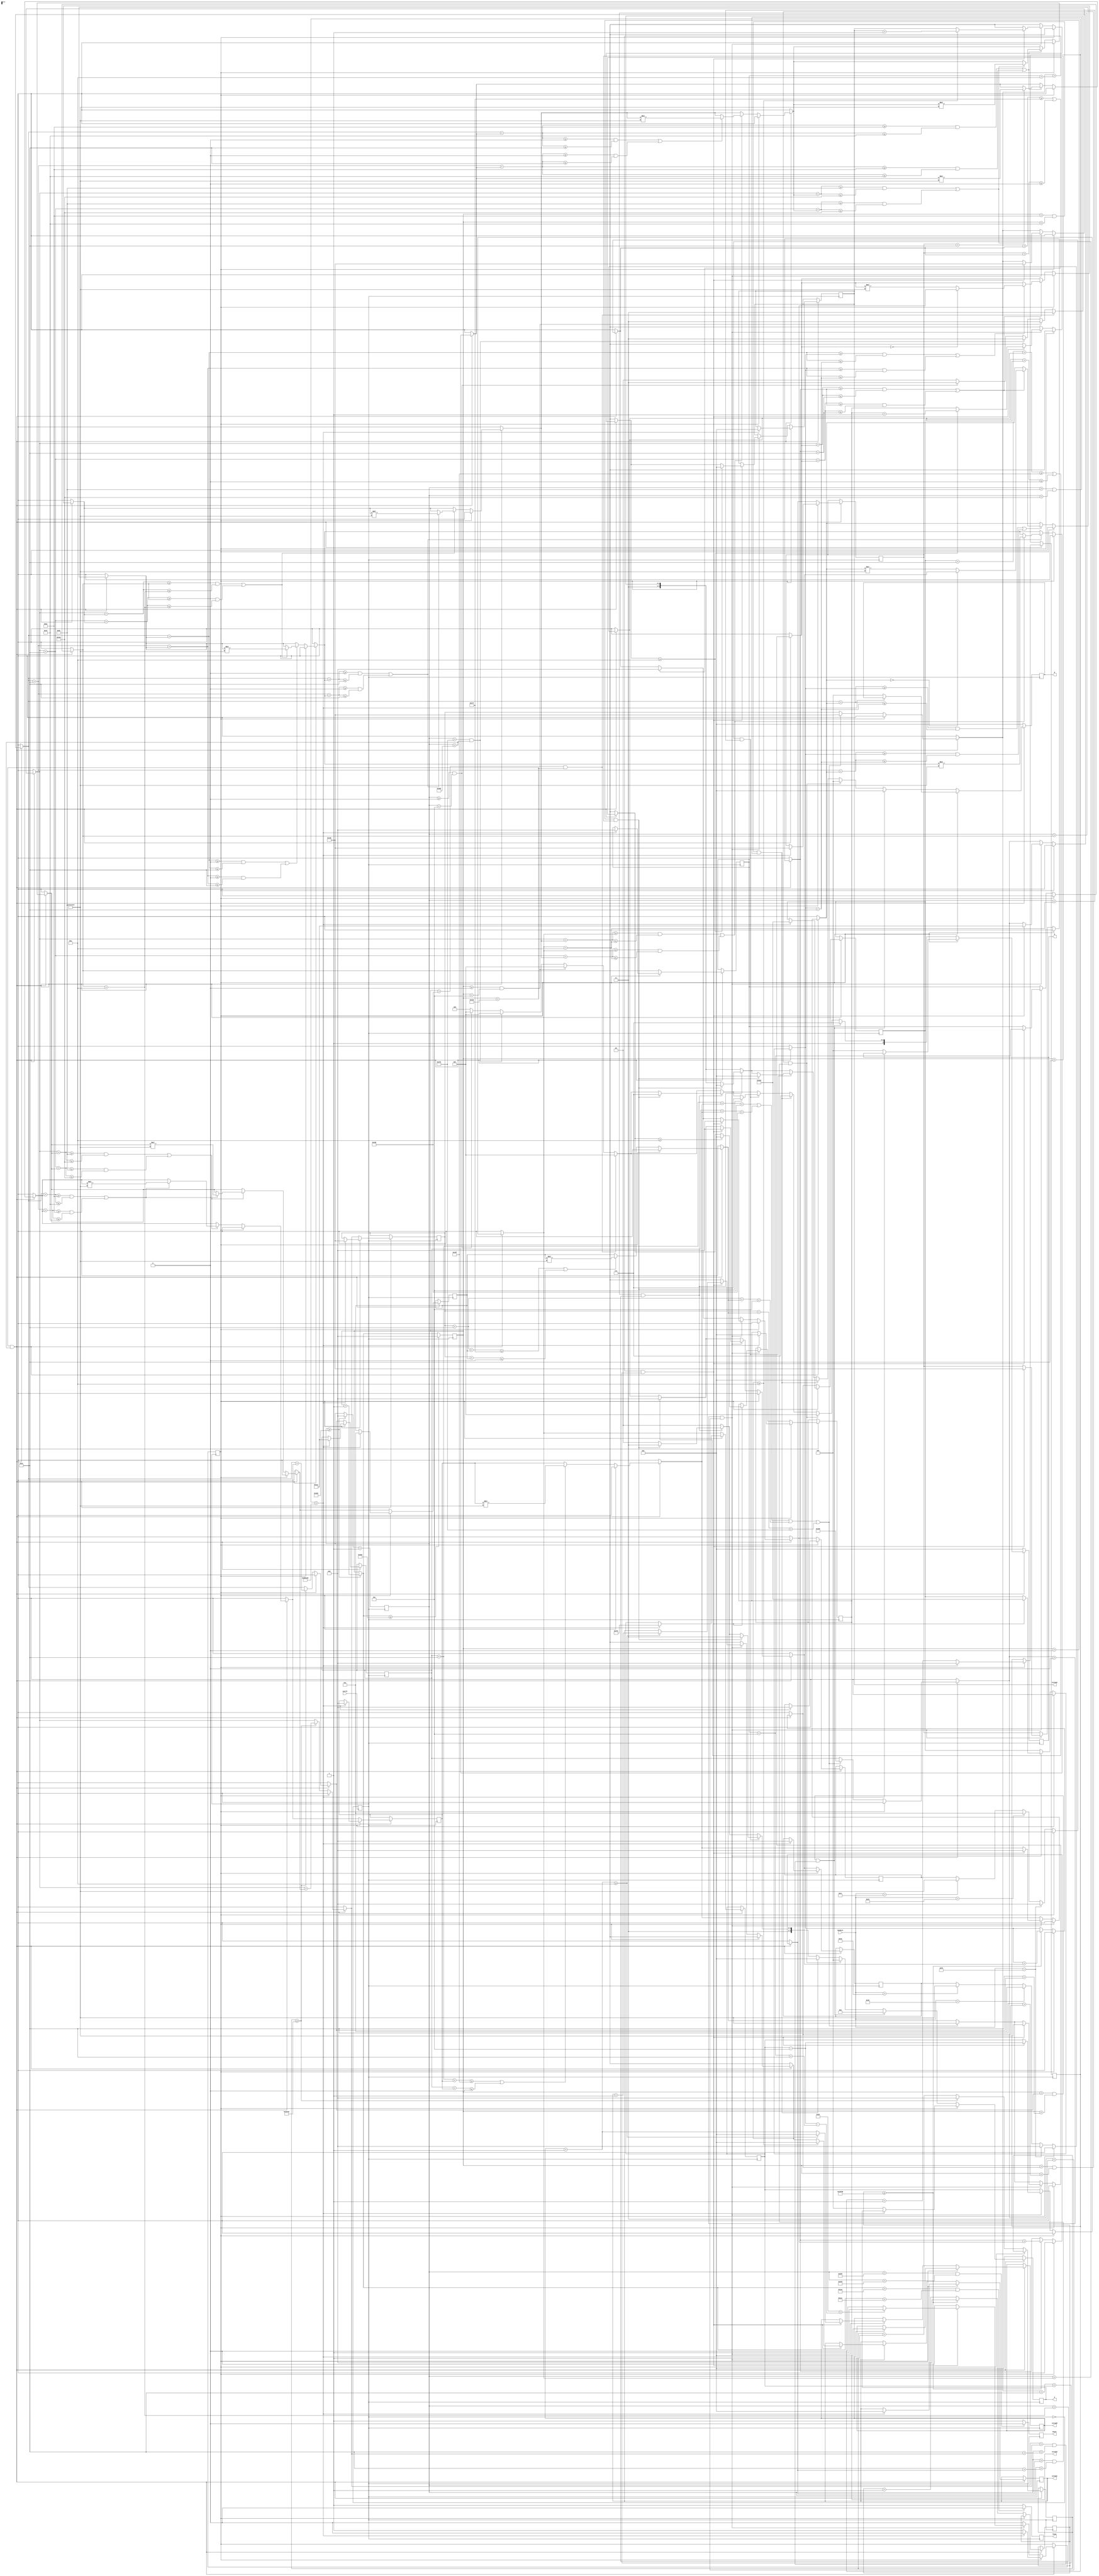
/********************************
 * Colton Prettyman				*
 * Advanced Arch&Org 460 EW		*
 * Professor Kosuke Immamura	*
 * Final Project				*
 * 12-06-2013					*
 ********************************/

module VGADriver(R, G, B, Vsync, Hsync, sysclk,curnum0, curnum1, curnum2, curnum3, KeyData);

input sysclk;
input[7:0] KeyData;
output[3:0] curnum0, curnum1, curnum2, curnum3;
reg[3:0] curnum0, curnum1, curnum2, curnum3;
output[3:0] R, G, B;
reg[3:0] R, G, B;
output Vsync, Hsync;
reg Vsync, Hsync;
reg iclk;
reg[31:0] Vcount;
reg[31:0] Hcount;
reg aclk;
reg[31:0] count;

// This will be my animation stuff for the paddle
reg[31:0]  dx = 0;
reg[31:0]  dy = 0;
reg[31:0] X_top = 304;
reg[31:0] Y_top = 445;
reg[31:0] X_width = 30;
reg[31:0] Y_width = 30;
reg[31:0] A_inc=0;

// This will be the animation stuff for the ball
// vf = vi + at
reg[31:0] dxb = 1;
reg[31:0] dyb = 0;
reg[31:0] X_topb = 304;
reg[31:0] Y_topb = 300;
reg[31:0] X_widthb = 30;
reg[31:0] Y_widthb = 30;
reg[31:0] A_incb=0;
reg[31:0] timeb = 75;
reg[31:0] gravityb = 5;

// This is the left and right goal post stuff
reg [31:0] X_toplg = 0;
reg [31:0] X_widthg = 10;
reg [31:0] Y_widthg = 30;
reg[31:0] X_toprg = 630;
reg[31:0] Y_topg = 0;

// Here is the center object. 
reg[31:0] X_topc = 220;
reg[31:0] X_widthc = 200;
reg[31:0] Y_topc = 180;
reg[31:0] Y_widthc = 20;

// Win animation logIC
reg win = 0;
reg[31:0] displaycount=0;
reg[31:0] displaywin=9000000; //The time to display the win animation
// need to make the score attached to the 7 segment display

always@(posedge sysclk)
begin
	iclk = ~iclk;
end

always@(posedge sysclk)
begin
	
	if( count > 20000 )
	begin
		aclk = ~aclk;
	end
	else
		count = count +1;
	
end

always@(posedge iclk )
begin
	
	// Toggle our colors
	if( Vcount < 480 && Hcount < 640 )
		begin
		
		if( win == 0 )
		begin
				/* w = 0x01d;
				*  a = 0x01c;
				*  d = 0x023;
				*  s = 0x01b; */
			
			if( KeyData == 8'b00011100) // a is pressed move left
				dx = -1;
			if( KeyData == 8'b00100011) // d is pressed move right
				dx = 1;
			if( KeyData == 8'b00011101) // w is pressed move up
				dy = -1;
			if( KeyData == 8'b00011011) // s is pressed move down
				dy = 1;
				
			if( KeyData == 8'b11110000) // space key pressed stop movement
			begin
				dx = 0;
				dy = 0;
			end
			
			if( ((X_top + X_width + dx) >= 639 || (X_top+dx <= 0)) ) // x coordinates out of bounds
					dx = 0;
		
			if( ((Y_top + Y_width + dy) >= 479 || (Y_top+dy <= 0)) ) // y coordinates out of bounds
					dy = 0;
			
			if( ((X_topb + X_widthb + dxb) >= 639 || (X_topb+dxb <= 0)) ) // x coordinates out of bounds
					dxb = dxb*-1;
			
			if( ((Y_topb + Y_widthb + dyb) >= 479 || (Y_topb+dyb <= 0)) ) // y coordinates out of bounds
					dyb = dyb*-1;
			// Handle the case when the ball is pushed outside of the game
			if( (Y_topb + Y_widthb +dyb < 5)||(Y_topb +dyb > 475)|| (X_topb + X_widthb +dxb < 5)|| (X_topb+dxb > 635 ) )
			begin
					X_topb = 304;
					Y_topb = 400;
					dxb = -1;
			end
		
			/***************************BEGIN GAME LOGIC****************************************************/
			// If a collision between goal posts increment the score and reset the game
			
			//Check y collision of goal post...coming from below
			if( (Y_topb > Y_topg) && (Y_topb < Y_topg+Y_widthg/10))
			begin
				//Check x collision of goal post...in between goal post
				if( (X_topb > X_toplg+X_widthg) && (X_topb+X_widthb < X_toprg) )
				begin
					// start win animation	
					// make the goals closer
					X_toplg = X_toplg + 5;
					X_toprg = X_toprg - 5;
					// reset the ball data
						X_top = 304;
						Y_top = 445;
						X_topb = 304;
						Y_topb = 300;
						dy = 0;
						dx = 0;
						dyb = 0;
						dxb = -1;
						
						// Do 7 segment display score counting
						curnum0 = curnum0 +1;
			
						if( curnum0 >= 10)	
							begin 
								curnum0 = 0;
								curnum1 = curnum1 +1;
							end
						if(curnum1 >= 10)
							begin
								curnum1 = 0;
								curnum2 = curnum2 +1;
							end
			
						if( curnum2 >= 10)
							begin
								curnum2 = 0;
								curnum3 = curnum3 + 1;
							end
			
						if( curnum3 >= 10 )
							begin
								curnum3 = 0;
						end
						
						// User how close the paddles are together to determine a win
						if( (X_widthb+10) > ( X_toprg - (X_toplg + X_width)))
						begin
							// The user has won!! win animation
							win = 1;
						end
				end
			end
			/***************************END GAME LOGIC****************************************************/
			
			/***************************BEGIN COLLISION DETECTION*************************************/
			//The ball has collided the paddle from the y direction
			if( ((Y_topb +dyb >= Y_top && Y_topb+dyb <= (Y_top+Y_width) )) ||
						((Y_topb+Y_width+dyb) >= Y_top) && ((Y_topb+Y_width +dyb <= Y_top+Y_width)) ) // y coordinates out of bounds
			begin
					if( ((X_topb+dxb >= X_top && X_topb+dxb <= (X_top+X_width) )) ||
						((X_topb+X_width+dxb) >= X_top) && ((X_topb+X_width+dxb <= X_top+X_width)) )
						begin
						
							if( dyb == 0)
								dyb = dy;
							else
								dyb = dyb*-1;
						//	dxb = dx;
		
								/*if( ((Y_topb + Y_widthb + dyb) >= 479 || (Y_topb+dyb <= 0)) ) // y coordinates out of bounds
								begin
									dxb = 1;
									dyb = 0;
								end*/
								end
			end		
			//The ball has collided the from the x direction
			if( ((X_topb+dxb >= X_top && X_topb+dxb <= (X_top+X_width) )) ||
						((X_topb+X_width+dxb) >= X_top) && ((X_topb+X_width+dxb <= X_top+X_width)) )	 
			begin
					if( ((Y_topb +dyb >= Y_top && Y_topb+dyb <= (Y_top+Y_width) )) ||
						((Y_topb+Y_width+dyb) >= Y_top) && ((Y_topb+Y_width +dyb <= Y_top+Y_width)) )
						begin
							
							if( dxb == 0)
								dxb = dx;
							else
								dxb = dxb*-1;
								
							//dyb = dy;
							
							/*if( ((X_topb + X_widthb + dxb) >= 639 || (X_topb+dxb <= 0)) ) // x coordinates out of bounds
							begin
								dxb = 0;
								dyb = 1;
							end*/
						end
			end
			
			// The ball has collided with the left goal post from the y direction
			if( ((Y_topb +dyb >= Y_topg && Y_topb+dyb <= (Y_topg+Y_widthg) )) ||
						((Y_topb+Y_width+dyb) >= Y_topg) && ((Y_topb+Y_width +dyb <= Y_topg+Y_widthg)) ) // y coordinates out of bounds
			begin
					if( ((X_topb+dxb >= X_toplg && X_topb+dxb <= (X_toplg+X_widthg) )) ||
						((X_topb+X_width+dxb) >= X_toplg) && ((X_topb+X_width+dxb <= X_toplg+X_widthg)) )
						begin
							dyb = dyb*-1;
						end
			end
			//The ball has collided with the left goal post from the x direction
			if( ((X_topb+dxb >= X_toplg && X_topb+dxb <= (X_toplg+X_widthg) )) ||
						((X_topb+X_width+dxb) >= X_toplg) && ((X_topb+X_width+dxb <= X_toplg+X_widthg)) )	 
			begin
					if( ((Y_topb +dyb >= Y_topg && Y_topb+dyb <= (Y_topg+Y_widthg) )) ||
						((Y_topb+Y_width+dyb) >= Y_topg) && ((Y_topb+Y_width +dyb <= Y_topg+Y_widthg)) )
						begin
							dxb = dxb*-1;
						end
			end
			
				// The ball has collided with the right goal post from the y direction
			if( ((Y_topb +dyb >= Y_topg && Y_topb+dyb <= (Y_topg+Y_widthg) )) ||
						((Y_topb+Y_width+dyb) >= Y_topg) && ((Y_topb+Y_width +dyb <= Y_topg+Y_widthg)) ) // y coordinates out of bounds
			begin
					if( ((X_topb+dxb >= X_toprg && X_topb+dxb <= (X_toprg+X_widthg) )) ||
						((X_topb+X_width+dxb) >= X_toprg) && ((X_topb+X_width+dxb <= X_toprg+X_widthg)) )
						begin
							dyb = dyb*-1;
						end
			end
			//The ball has collided with the right goal post from the x direction
			if( ((X_topb+dxb >= X_toprg && X_topb+dxb <= (X_toprg+X_widthg) )) ||
						((X_topb+X_width+dxb) >= X_toprg) && ((X_topb+X_width+dxb <= X_toprg+X_widthg)) )	 
			begin
					if( ((Y_topb +dyb >= Y_topg && Y_topb+dyb <= (Y_topg+Y_widthg) )) ||
						((Y_topb+Y_width+dyb) >= Y_topg) && ((Y_topb+Y_width +dyb <= Y_topg+Y_widthg)) )
						begin
							dxb = dxb*-1;
						end
			end
			
			//The ball has collided with the center object from the y direction
			if( ((Y_topb +dyb >= Y_topc && Y_topb+dyb <= (Y_topc+Y_widthc) )) ||
						((Y_topb+Y_width+dyb) >= Y_topc) && ((Y_topb+Y_width +dyb <= Y_topc+Y_widthc)) ) // y coordinates out of bounds
			begin
					if( ((X_topb+dxb >= X_topc && X_topb+dxb <= (X_topc+X_widthc) )) ||
						((X_topb+X_width+dxb) >= X_topc) && ((X_topb+X_width+dxb <= X_topc+X_widthc)) )
						begin
						
							/*if( dyb == 0)
								dyb = dy;
							else
								dyb = dyb*-1;
							end*/
							
							dyb = dyb *-1;
							dxb = dxb *-1;
							//if( dxb == 0)
							//	dxb = 1;
						//	dxb = dxb * -1;
						end
			end		
			//The ball has collided the from the x direction
			if( ((X_topb+dxb >= X_topc && X_topb+dxb <= (X_topc+X_widthc) )) ||
						((X_topb+X_width+dxb) >= X_topc) && ((X_topb+X_width+dxb <= X_topc+X_widthc)) )	 
			begin
					if( ((Y_topb +dyb >= Y_topc && Y_topb+dyb <= (Y_topc+Y_widthc) )) ||
						((Y_topb+Y_width+dyb) >= Y_topc) && ((Y_topb+Y_width +dyb <= Y_topc+Y_widthc)) )
						begin
							
							/*if( dxb == 0)
								dxb = dx;
							else
								dxb = dxb*-1;*/
								
								dxb = dxb *-1;
								dyb = dyb *-1;
						//	if( dyb == 1)
							//	dyb = 1;
								
						//	dyb = dyb * -1;
						end
			end
		
			/***************************END COLLISION DETECTION*************************************/
			
			/***************************BEGIN DRAWING OBJECTS TO THE SCREEN*************************/
			// Only increment after we drew the whole picture.
			// X_inc/Y_inc keeps track of draw counts for a static image...
			// It makes sure the whole image is drawn before adding dx and dy values
			// In this way skewing is prevented for moving objects. 
				if( A_inc >= X_width*Y_width*100)
					begin
						X_top = X_top + dx;
						Y_top = Y_top + dy;
						A_inc = 0; 
					end
				else	
					A_inc = A_inc + 1;
				
				// Drawing the ball
				if( A_incb >= X_widthb*Y_widthb*timeb)
					begin
					// Do calculations on the gravity->velocity->dx/dy values of the ball
					//	timeb = timeb-dyb*gravityb;
						
						X_topb = X_topb + dxb;
						Y_topb = Y_topb + dyb;
						A_incb = 0; 
					end
				else	
					A_incb = A_incb + 1;
					
			// Draw the background first
			R <= 4'b1100;
			G <= 4'b1100;
			B <= 4'b1100;
					
				// Draw left boundary line
			if(Hcount >= 0 && Hcount < 5)
				begin
						R <= 4'b1001;
						G <= 4'b1100;
						B <= 4'b1111;
				end
				
				//Draw right boundary line
			if( Hcount > 635 && Hcount < 640 )
			begin
						R <= 4'b1001;
						G <= 4'b1100;
						B <= 4'b1111;
			end
				// Draw top boundary line
			if( Vcount >= 0 && Vcount < 5)
				begin
						R <= 4'b1001;
						G <= 4'b1100;
						B <= 4'b1111;
				end
				// Draw bottom boundary line
			if( Vcount > 475 && Vcount < 480)
				begin
						R <= 4'b1001;
						G <= 4'b1100;
						B <= 4'b1111;
				end
				
				// Draw the left goal post
			if( Hcount > X_toplg && Hcount < X_toplg + X_widthg )
			begin
				if( Vcount > Y_topg && Vcount < Y_topg + Y_widthg )
				begin
						R <= 4'b1111;
						G <= 4'b1111;
						B <= 4'b0000;
				end
			end
			
			// Draw the right goal post
				if( Hcount > X_toprg && Hcount < X_toprg + X_widthg )
				begin
					if( Vcount > Y_topg && Vcount < Y_topg + Y_widthg )
					begin
						R <= 4'b1111;
						G <= 4'b1111;
						B <= 4'b0000;
					end
			end
			
			if( (Vcount > Y_topc && Vcount < (Y_widthc + Y_topc) ) && (Hcount > X_topc && Hcount < (X_widthc + X_topc) ) )
			begin
					R <= 4'b1111;
					G <= 4'b0000;
					B <= 4'b0000;
			end
			// Draw the player here
			if( (Vcount > Y_top && Vcount < (Y_width + Y_top) ) && (Hcount > X_top && Hcount < (X_width + X_top) ) )
				begin
						R <= 4'b1001;
						G <= 4'b1111;
						B <= 4'b1111;
				end
				// Draw the ball here
			if( (Vcount > Y_topb && Vcount < (Y_widthb + Y_topb) ) && (Hcount > X_topb && Hcount < (X_widthb + X_topb) ) )
				begin
						R <= 4'b1111;
						G <= 4'b0110;
						B <= 4'b0000;
				end
				
			
			
		end	// end draw bound if statement. 640x480
		else // end no win
			begin
				if( displaycount > displaywin)
				begin
						win = 0;
						displaycount =0;
						X_toplg = 0;
						X_toprg = 630;
						// reset the balls and user
						X_top = 304;
						Y_top = 445;
						X_topb = 304;
						Y_topb = 300;
						dy = 0;
						dx = 0;
						dyb = 0;
						dxb = 1;
						curnum0 = 4'b0000;
						curnum1 = 4'b0000;
						curnum2 = 4'b0000;
						curnum3 = 4'b0000;
				end
				else
				begin
					displaycount = displaycount +1;
					R <= 4'b1111;
					G <= 4'b1111;
					B <= 4'b1111;
				end
			end //end win
		end
	else 	// outside the draw boundary...turn colors off
		begin
			R <= 4'b0000;
			G <= 4'b0000;
			B <= 4'b0000;
		end
		/***************************END DRAWING OBJECTS TO THE SCREEN*************************/
		
		
		/************************************BEGIN VGA ADJUSTMENTS HERE*********************************/
	// End Horiz. Front Porch
	if( Hcount > 655 && Hcount < 752 )
	begin
		 Hsync = 0;
	end
	else
		Hsync = 1;
	
	// End Horiz. Back porch
	if( Hcount >= 800 )
	begin
		Hcount = 0;
		Vcount = Vcount + 1;
	end
	
	//End vertical Front Porch
	if( Vcount > 490 && Vcount < 492)
	begin
		 Vsync = 0;
	end
	else // End vertical Front Porch
		Vsync = 1;
	
	//End vertical Back porch
	if( Vcount >= 525)
	begin
		Vcount = 0;
	end
	
	Hcount = Hcount + 1;
	
	/************************************END VGA ADJUSTMENTS HERE*********************************/
end
endmodule